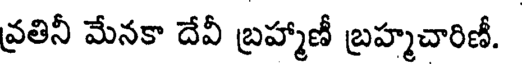
వ్రతినీ మేనకా దేవీ బ్రహ్మాణీ బ్రహ్మచారిణీ.